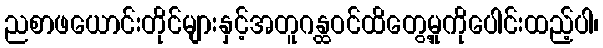
ညစာဖယောင်းတိုင်များနှင့်အတူဂန္ထဝင်ထိတွေ့မှုကိုပေါင်းထည့်ပါ၊